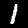
Digit: 1